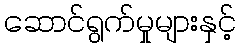
ဆောင်ရွက်မှုများနှင့်